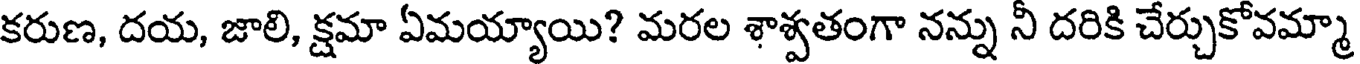
కరుణ, దయ, జాలి, క్షమా ఏమయ్యాయి? మరల శాశ్వతంగా నన్ను నీ దరికి చేర్చుకోవమ్మా